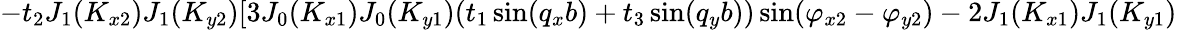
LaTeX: -t_{2}J_{1}(K_{x2})J_{1}(K_{y2})[3J_{0}(K_{x1})J_{0}(K_{y1})(t_{1}\sin(q_{x}b)+t_{3}\sin(q_{y}b))\sin(\varphi_{x2}-\varphi_{y2})-2J_{1}(K_{x1})J_{1}(K_{y1})